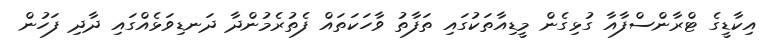
އިކާޑީގެ ޓްރާންސްފާއާ ގުޅިގެން މީޑިއާތަކުގައި ތަފާތު ވާހަކަތައް ފެތުރެމުންދާ ދަނޑިވަޅެއްގައި ދާދި ފަހުން